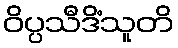
ဝိပ္ပသီဒိံသူတိ